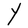
Character: Y